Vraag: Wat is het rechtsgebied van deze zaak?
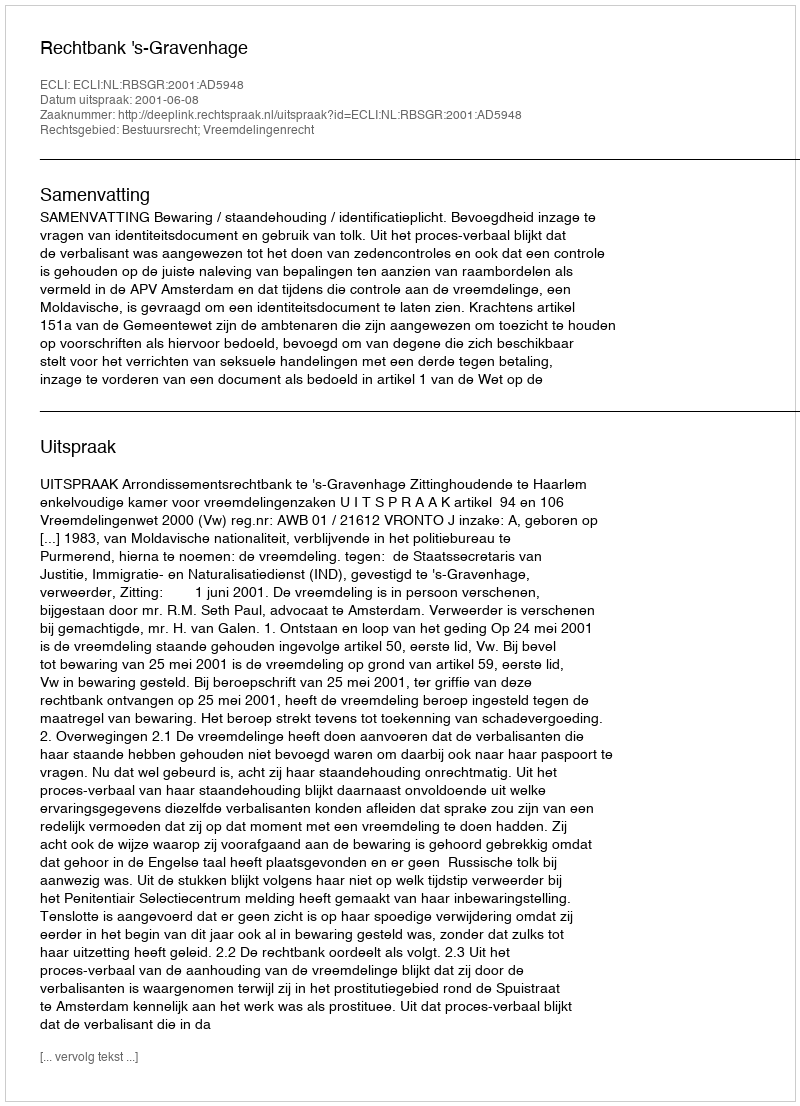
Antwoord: Bestuursrecht; Vreemdelingenrecht